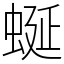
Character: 蜒